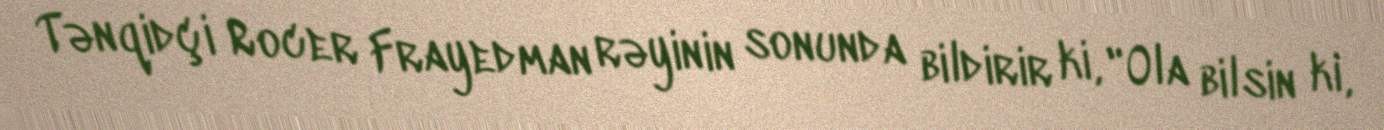
Tənqidçi Rocer Frayedman rəyinin sonunda bildirir ki, "Ola bilsin ki,